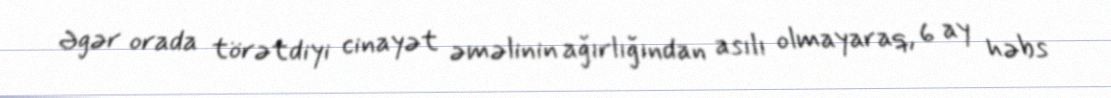
Əgər orada törətdiyi cinayət əməlinin ağırlığından asılı olmayaraq, 6 ay həbs